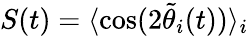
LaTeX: S(t)=\langle\cos(2\tilde{\theta}_{i}(t))\rangle_{i}